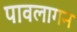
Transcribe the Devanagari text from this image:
पावलागन